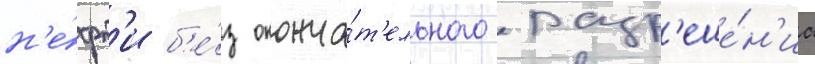
н'е́фт'и б'е́з оконча́т'ельного разр'еше́н'иа